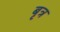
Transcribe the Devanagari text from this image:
बृत्र